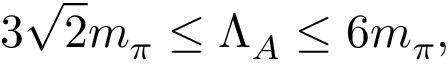
3 \sqrt { 2 } m _ { \pi } \leq \Lambda _ { A } \leq 6 m _ { \pi } ,